Vaccination in Bombay 1874-1876 - 1874-1876
Year: 1874
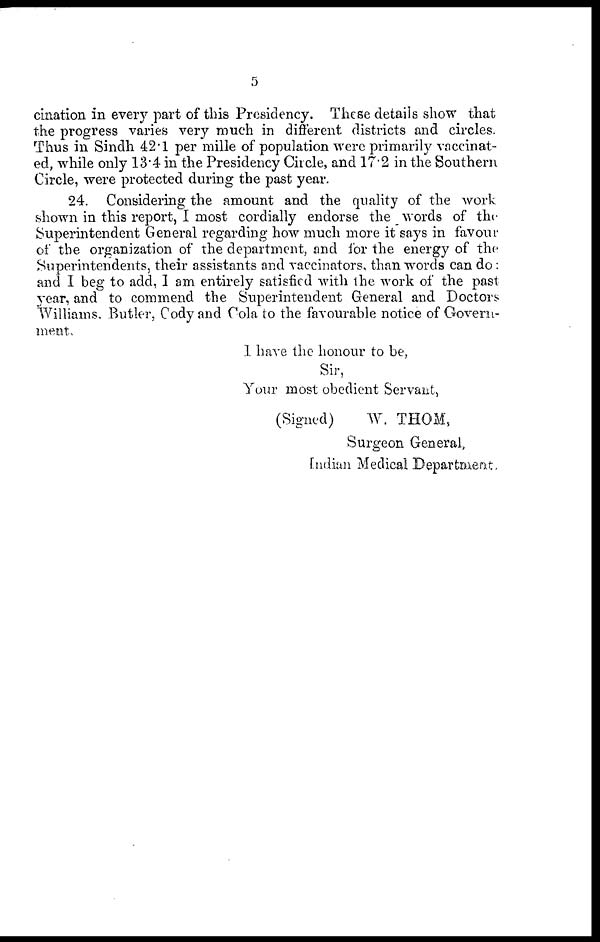
5
cination in every part of this Presidency. These details show that
the progress varies very much in different districts and circles.
Thus in Sindh 42.1 per mille of population were primarily vaccinat-
ed, while only 13.4 in the Presidency Circle, and 17.2 in the Southern
Circle, were protected during the past year.
24. Considering the amount and the quality of the work
shown in this report, I most cordially endorse the words of the
Superintendent General regarding how much more it says in favour
of the organization of the department, and for the energy of the
Superintendents, their assistants and vaccinators, than words can do:
and I beg to add, I am entirely satisfied with the work of the past
year, and to commend the Superintendent General and Doctors
Williams. Butler, Cody and Cola to the favourable notice of Govern-
ment.
I have the honour to be,
Sir,
Your most obedient Servant,
(Signed)
W. THOM,
Surgeon General,
Indian Medical Department.